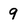
Character: 9